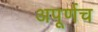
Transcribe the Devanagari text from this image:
अपूर्णच